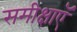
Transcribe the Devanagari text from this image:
समीक्षाऍ